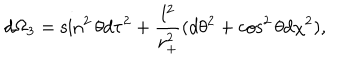
d \Omega _ { 3 } = \sin ^ { 2 } \theta d \tau ^ { 2 } + \frac { l ^ { 2 } } { r _ { + } ^ { 2 } } ( d \theta ^ { 2 } + \cos ^ { 2 } \theta d \chi ^ { 2 } ) ,